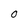
Character: O